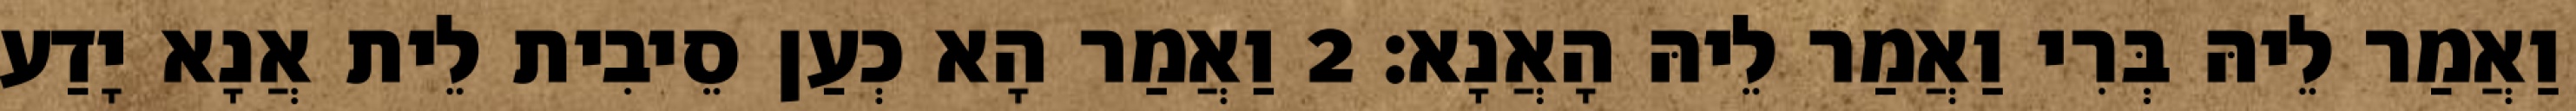
וַאֲמַר לֵיהּ בְּרִי וַאֲמַר לֵיהּ הָאֲנָא׃ 2 וַאֲמַר הָא כְעַן סֵיבִית לֵית אֲנָא יָדַע